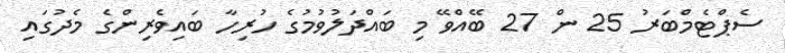
ސެޕްޓެމްބަރު 25 ން 27 ބޭއްވޭ މި ބައްދަލުވުމުގެ ހުރިހާ ބައިވެރިންގެ މެދުގައި